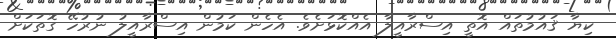
ކިޔާ ޤައުމުތައް އޮތީ އިސްރާއީލާ އެއްކޮޅަށެވެ. އެހެން ކަމުން އިސްރާއީލު ނުރުހޭ ގޮތަކަށް